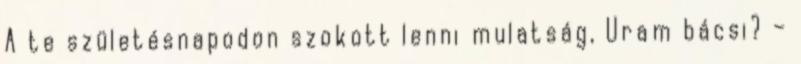
A te születésnapodon szokott lenni mulatság, Uram bácsi? –